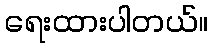
ရေးထားပါတယ်။